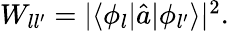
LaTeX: \begin{array}{r}{W_{ll^{\prime}}=|\langle\phi_{l}|\hat{a}|\phi_{l^{\prime}}\rangle|^{2}.}\end{array}